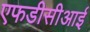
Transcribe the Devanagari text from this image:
एफडीसीआई